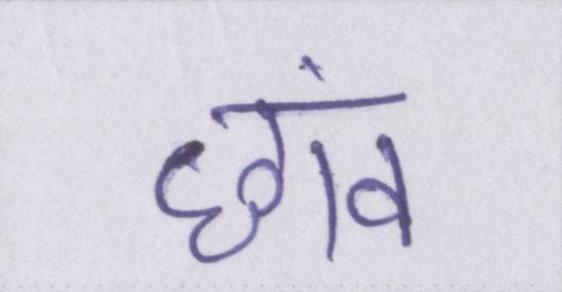
छांव